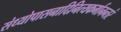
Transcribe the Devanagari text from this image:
संध्योपासनादिनित्यकर्मानन्तरं